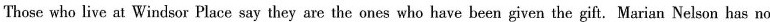
Those who live at Windsor Place say they are the ones who have been given the gift. Marian Nelson has no